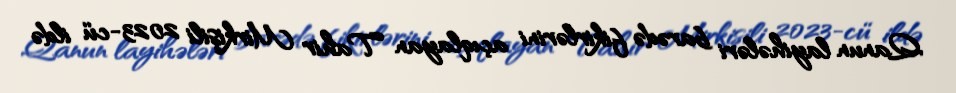
Qanun layihələri barədə fikirlərini açıqlayan Tahir Mirkişili 2023-cü ildə